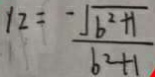
1 2 = \frac { - \sqrt { b ^ { 2 } + 1 } } { b ^ { 2 } + 1 }